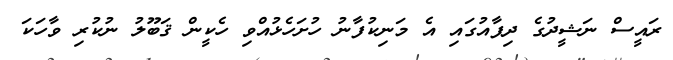
ރައީސް ނަޝީދުގެ ދިފާއުގައި އެ މަނިކުފާނު ހުށަހެޅުއްވި ހެކީން ޤަބޫލު ނުކުރި ވާހަކަ